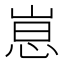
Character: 𫶃